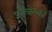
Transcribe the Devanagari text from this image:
फ़्रांचेस्को